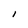
Character: l